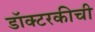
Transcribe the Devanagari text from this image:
डॉक्टरकीची